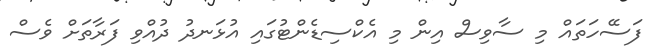
ފަސޭހަތައް މި ސާވިސް އިން މި އެކްސިޑެންޓުގައި އުޅަނދު ދުއްވި ފަރާތަށް ވެސް